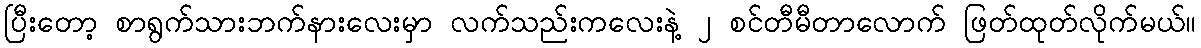
ပြီးတော့ စာရွက်သားဘက်နားလေးမှာ လက်သည်းကလေးနဲ့ ၂ စင်တီမီတာလောက် ဖြတ်ထုတ်လိုက်မယ်။